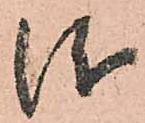
儀